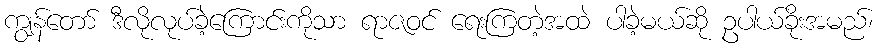
ကျွန်တော် ဒီလိုလုပ်ခဲ့ကြောင်းကိုသာ ရာဇဝင် ရေးကြတဲ့အထဲ ပါခဲ့မယ်ဆို ဥပါယ်ခိုးအမည်၊